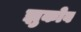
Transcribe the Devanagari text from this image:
झुकोव